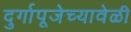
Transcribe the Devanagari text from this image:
दुर्गापूजेच्यावेळी